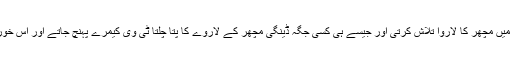
سری لنکا کے ماہرین کی ٹیم جگہ جگہ چھاپے مارنے کے انداز میں مچھر کا لاروا تلاش کرتی اور جیسے ہی کسی جگہ ڈینگی مچھر کے لاروے کا پتا چلتا ٹی وی کیمرے پہنچ جاتے اور اس خوردبینی جرثومے کو ٹی وی سکرین پر دکھانے کی کوشش کرتے۔